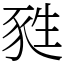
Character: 甤